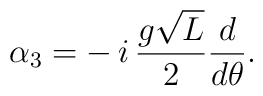
\alpha_3=-\,i\,{{g\sqrt L}\over 2}{d\over {d\theta}}.